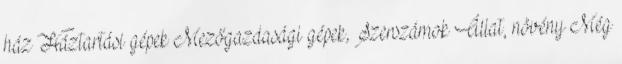
ház Háztartási gépek Mezőgazdasági gépek, Szerszámok Állat, növény Még